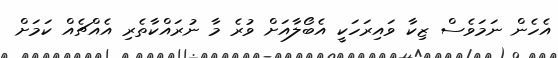
އެހެން ނަމަވެސް ޒިކާ ވައިރަހަކީ އެބޯލާއަށް ވުރެ މާ ނުރައްކާތެރި އެއްޗެއް ކަމަށް